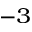
^ { - 3 }